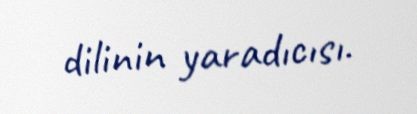
dilinin yaradıcısı.